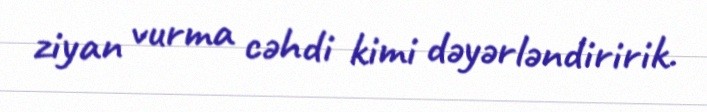
ziyan vurma cəhdi kimi dəyərləndiririk.